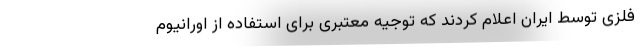
فلزی توسط ایران اعلام کردند که توجیه معتبری برای استفاده از اورانیوم